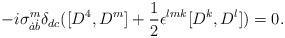
LaTeX: \begin{align*}-i\sigma^m_{\dot a\dot b}\delta_{dc}([D^4,D^m]+{1\over2}\epsilon^{lmk}[D^k,D^l])=0.\end{align*}